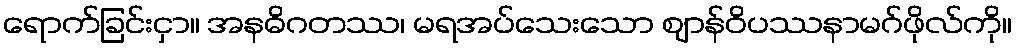
ရောက်ခြင်းငှာ။ အနဓိဂတဿ၊ မရအပ်သေးသော ဈာန်ဝိပဿနာမဂ်ဖိုလ်ကို။